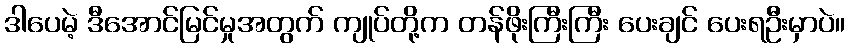
ဒါပေမဲ့ ဒီအောင်မြင်မှုအတွက် ကျုပ်တို့က တန်ဖိုးကြီးကြီး ပေးချင် ပေးရဦးမှာပဲ။